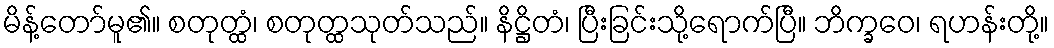
မိန့်တော်မူ၏။ စတုတ္ထံ၊ စတုတ္ထသုတ်သည်။ နိဋ္ဌိတံ၊ ပြီးခြင်းသို့ရောက်ပြီ။ ဘိက္ခဝေ၊ ရဟန်းတို့။